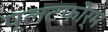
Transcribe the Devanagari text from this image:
प्लटफोर्म